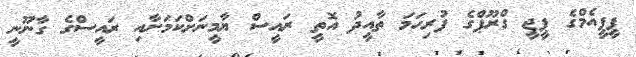
ޕީޕީއެމްގެ ޕީޖީ ގްރޫޕްގެ ފުރިހަމަ ތާއީދު އޮތީ ރައީސް ޔާމީނަށްކަމަށާއި ރައީސްގެ ގާނޫނީ